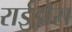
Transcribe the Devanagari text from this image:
राईझेस